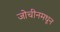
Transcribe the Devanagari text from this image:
जोचीनमधून